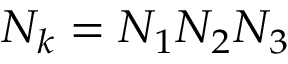
N _ { k } = N _ { 1 } N _ { 2 } N _ { 3 }